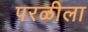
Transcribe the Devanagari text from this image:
परळीला